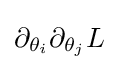
\partial _{\theta _{i}}\partial _{\theta _{j}}L